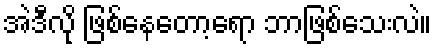
အဲဒီလို ဖြစ်နေတော့ရော ဘာဖြစ်သေးလဲ။